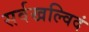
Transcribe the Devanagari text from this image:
सर्वखल्विदं